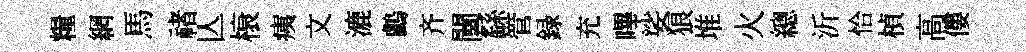
糧網馬禇亾榱痍文漉鸕齐闉繇管録充嗶娑狼堆火總沂恰楨高僂